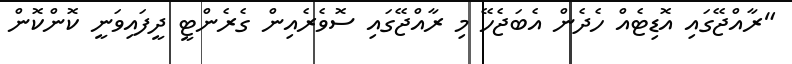
"ރާއްޖޭގައި އޮޑިޓެއް ހެދެން އެބަޖެހޭ މި ރާއްޖޭގައި ސޮވެރެއިން ގެރެންޓީ ދީފައިވަނީ ކޮންކޮން